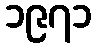
၁၉၇၁